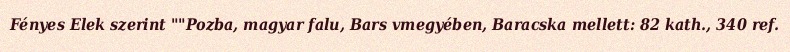
Fényes Elek szerint ""Pozba, magyar falu, Bars vmegyében, Baracska mellett: 82 kath., 340 ref.